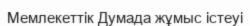
Мемлекеттік Думада жұмыс істеуі